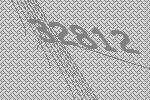
32812